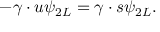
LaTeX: - \gamma \cdot u \psi _ { 2 L } = \gamma \cdot s \psi _ { 2 L } .